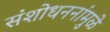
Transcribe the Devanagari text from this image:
संशोधननांमुळे